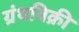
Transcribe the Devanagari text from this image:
ग्रंथविक्री